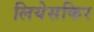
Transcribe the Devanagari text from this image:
लियेसकिर